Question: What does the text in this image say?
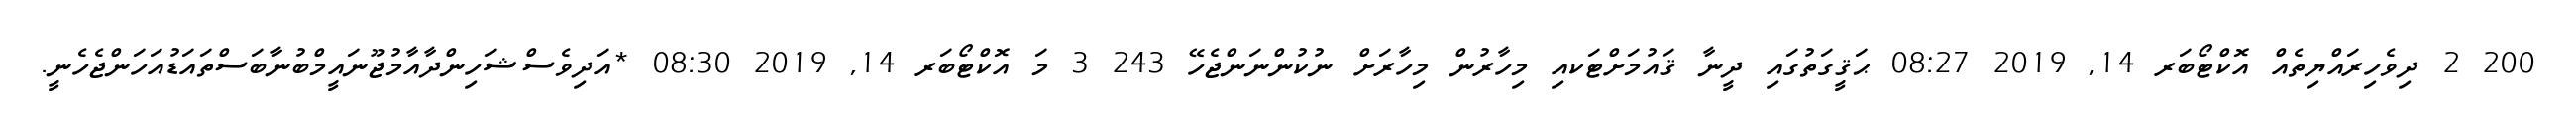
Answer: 200 2 ދިވެހިރައްޔިތެއް އޮކްޓޯބަރ 14, 2019 08:27 ޙަޤީގަތުގައި ދީނާ ޤައުމަށްޓަކއި މިހާރުން މިހާރަށް ނުކުންނަންޖެހޭ 243 3 މަ އޮކްޓޯބަރ 14, 2019 08:30 *އަދިވެސްޝަހިންދާއާމުޖޫނައީމްބުނާބަސްތައަޑުއަހަންޖެހެނީ.